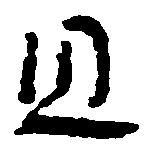
且